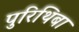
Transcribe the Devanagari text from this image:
पुरिथिबा